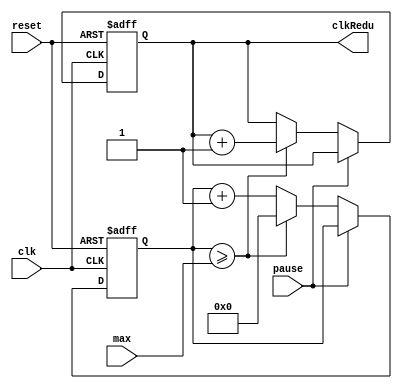
`timescale 1ns / 1ps
//////////////////////////////////////////////////////////////////////////////////
// Company: 
// Engineer: 
// 
// Design Name: 
// Module Name:    clkRedu 
// Project Name: 
// Target Devices: 
// Tool versions: 
// Description: 
//
// Dependencies: 
//
// Revision: 
// Revision 0.01 - File Created
// Additional Comments: 
//
//////////////////////////////////////////////////////////////////////////////////
module clkRedu(
	input clk, reset, pause,
	input [26:0] max,
	output reg clkRedu = 0
    );
	 
	 reg[26:0] conteo = 0; // se defineen 32 bits para el conteo.
	 always @ (posedge clk, posedge reset)
		begin
		if(reset)
			begin
				conteo <=0; //reincicia cuenta
				clkRedu <=0; //reinicia salida
			end
		else
			if(!pause)
				begin
				conteo <= conteo +1;
				if(conteo >= max) // contamos hasta max
					begin
						clkRedu <= clkRedu +1; // toggleamos la salida
						conteo <= 0;
					end
				end
		end


endmodule